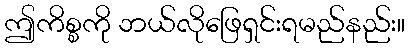
ဤကိစ္စကို ဘယ်လိုဖြေရှင်းရမည်နည်း။